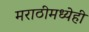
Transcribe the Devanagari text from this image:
मराठीमध्येही